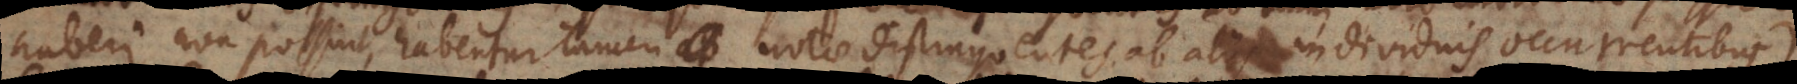
haberi non possint, habentur tamen notae distinguentes ab aliis individuis occurrentibus).